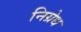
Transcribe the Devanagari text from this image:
निग्रेध